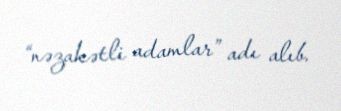
“nəzakətli adamlar” adı alıb.